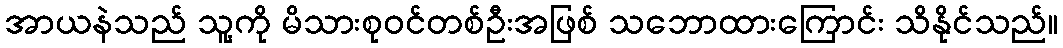
အာယနဲသည် သူ့ကို မိသားစုဝင်တစ်ဦးအဖြစ် သဘောထားကြောင်း သိနိုင်သည်။